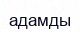
адамды